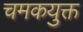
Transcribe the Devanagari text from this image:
चमकयुक्त